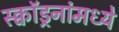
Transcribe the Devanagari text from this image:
स्क्वॉड्रनांमध्ये